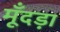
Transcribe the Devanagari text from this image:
मूँदड़ा